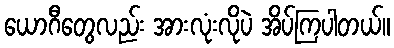
ယောဂီတွေလည်း အားလုံးလိုပဲ အိပ်ကြပါတယ်။